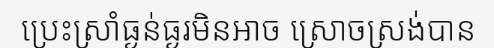
ប្រេះស្រាំធ្ងន់ធ្ងរមិនអាច ស្រោចស្រង់បាន